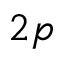
2 p